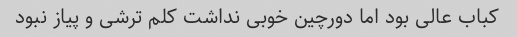
کباب عالی بود اما دورچین خوبی نداشت کلم ترشی و پیاز نبود